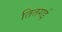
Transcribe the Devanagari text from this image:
तितगई